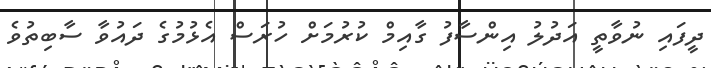
ދީފައި ނުވާތީ އަދުލު އިންސާފު ގާއިމް ކުރުމަށް ހުރަސް އެޅުމުގެ ދައުވާ ސާބިތުވެ